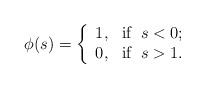
LaTeX: \begin{align*} \phi(s)=\left\{\begin{array}{ll}1, & \hbox{if}\;\;s<0;\\ 0, & \hbox{if}\;\; s>1. \end{array}\right.\end{align*}